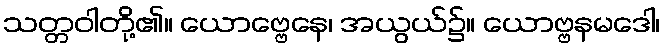
သတ္တဝါတို့၏။ ယောဗ္ဗေနေ၊ အယွယ်၌။ ယောဗ္ဗနမဒေါ၊